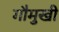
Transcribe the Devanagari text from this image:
गौमुखी